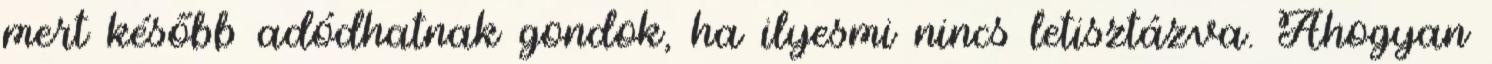
mert később adódhatnak gondok, ha ilyesmi nincs letisztázva. Ahogyan